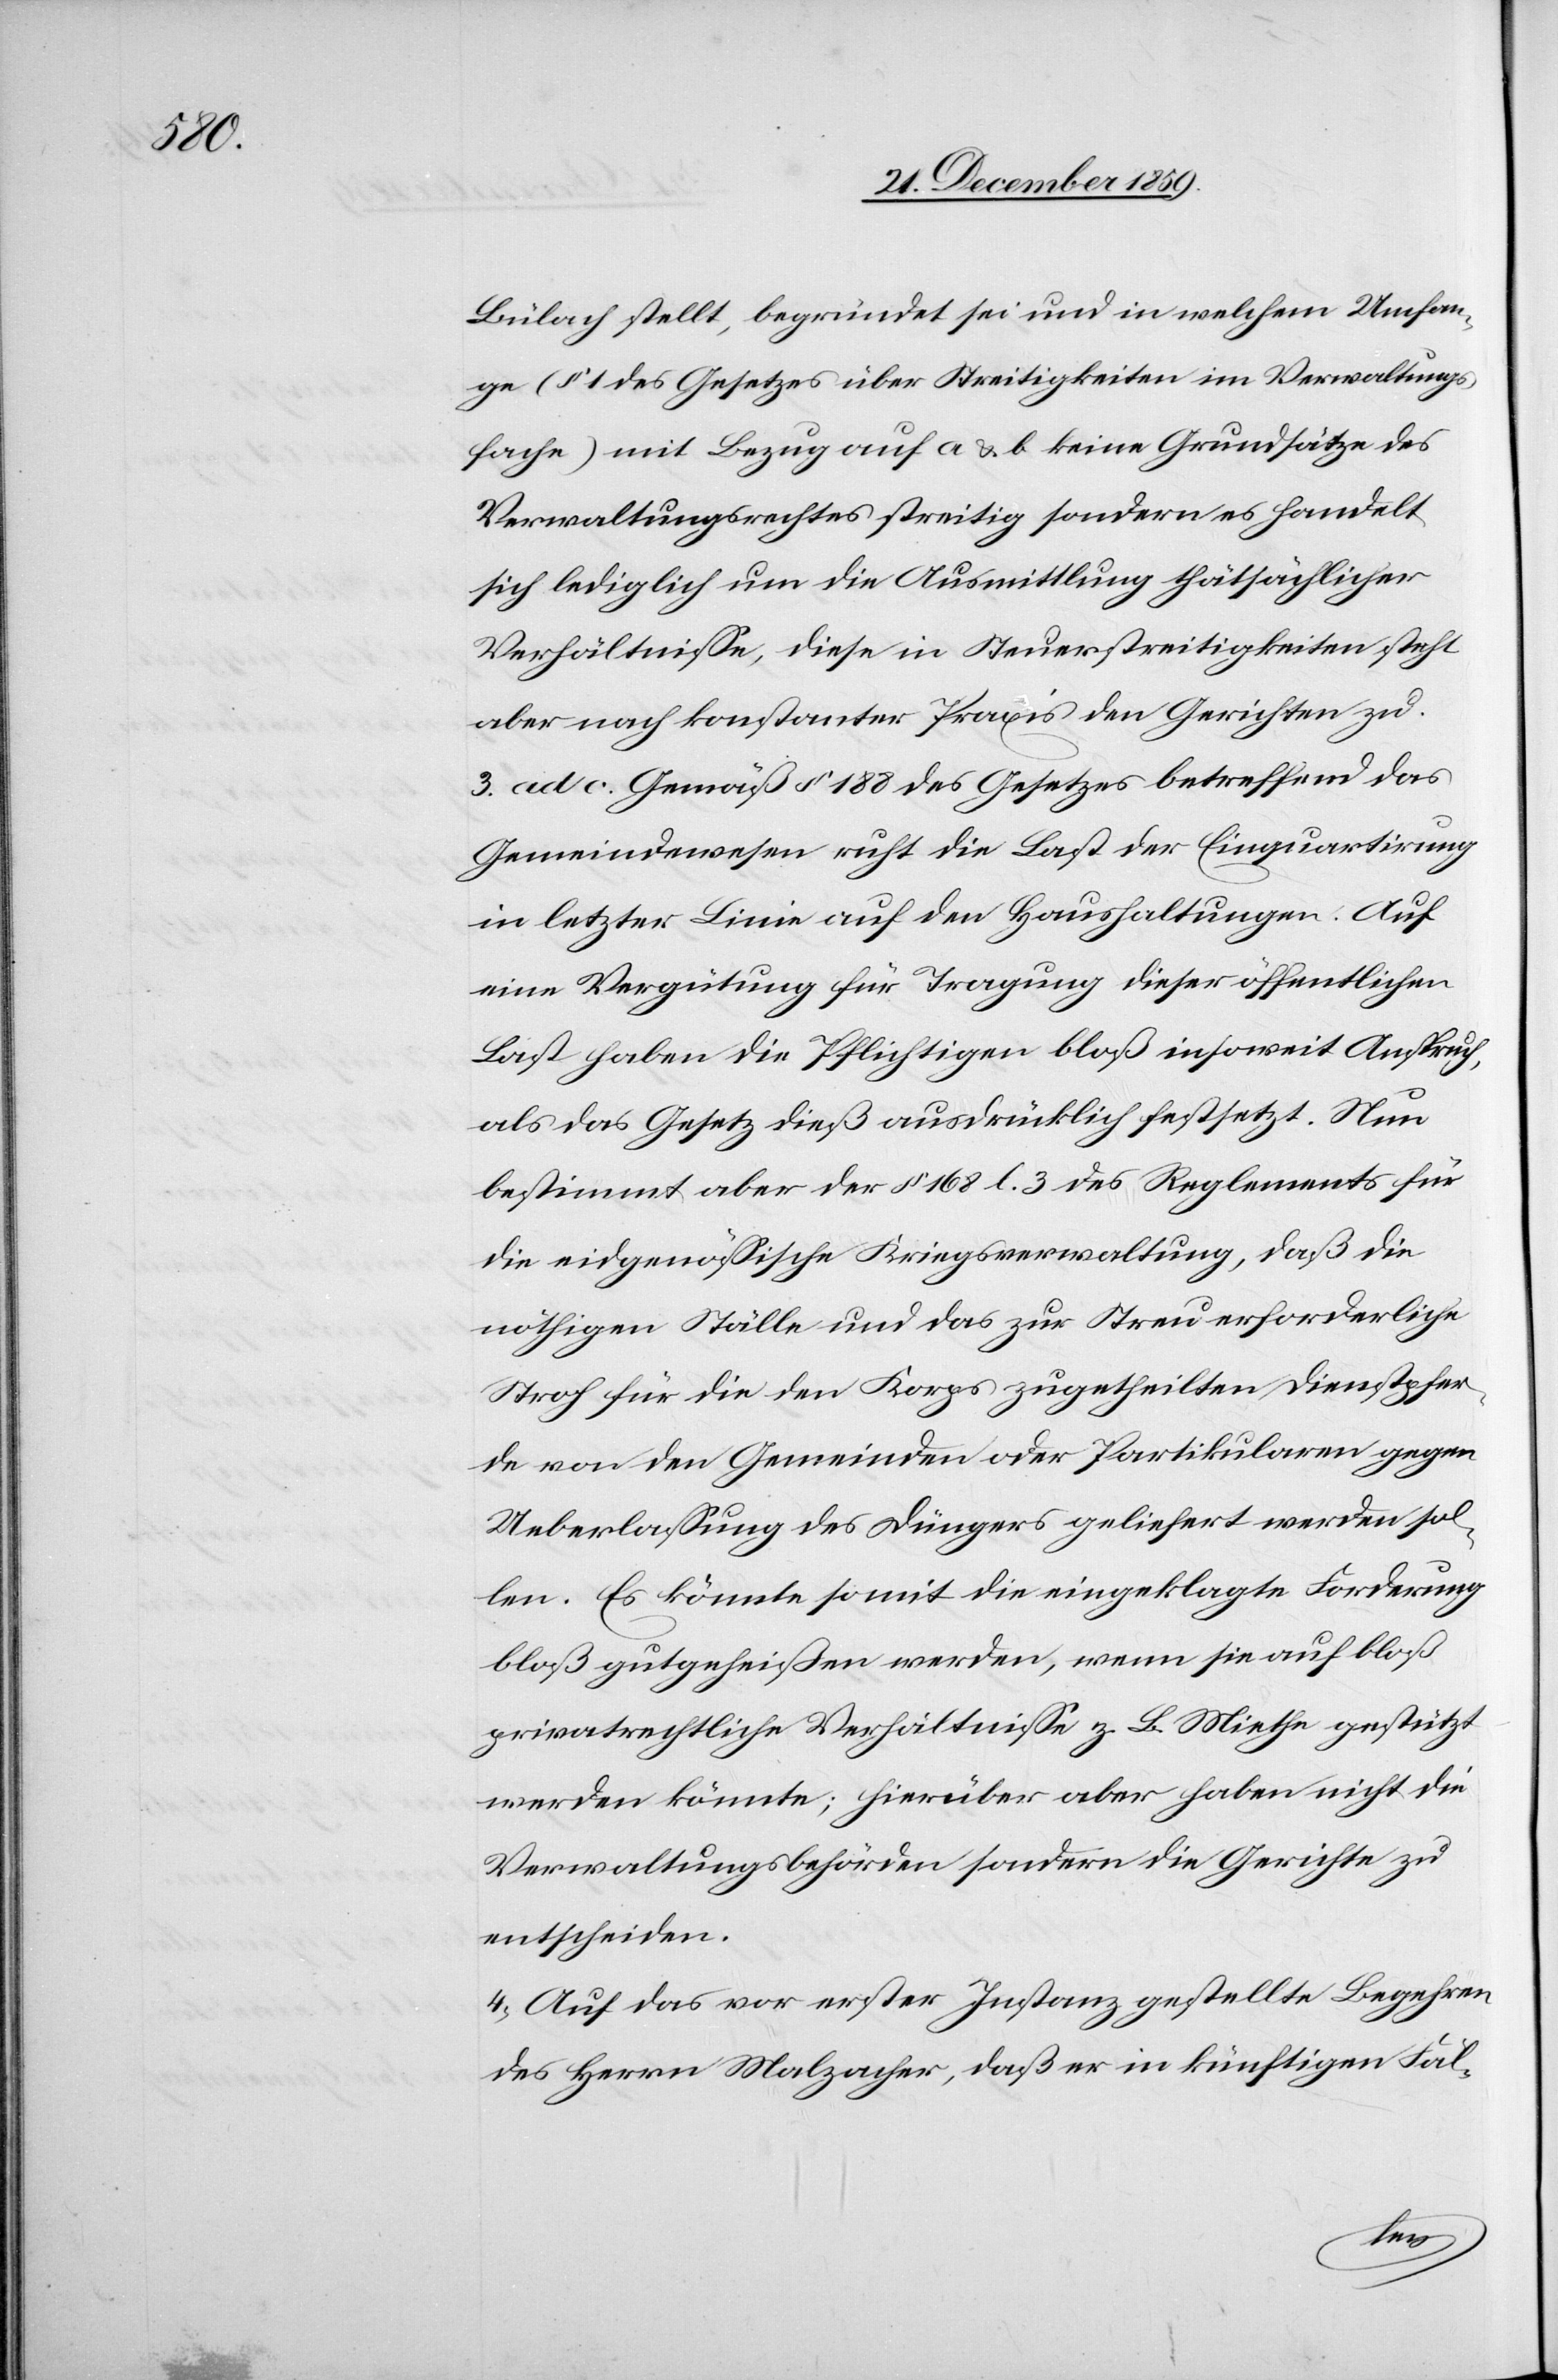
Bülach stellt, begründet sei und in welchem Umfan¬
ge (§ 1 des Gesetzes über die Streitigkeiten im Verwaltungs¬
fache) mit Bezug auf a & b keine Grundsätze des
Verwaltungsrechtes streitig sondern es handelt
sich lediglich um die Ausmittlung thätsächlicher
Verhältnisse, diese in Steuerstreitigkeiten steht
aber nach konstanter Praxis den Gerichten zu.
3.) ad c. Gemäß § 188 des Gesetzes betreffend das
Gemeindewesen ruht die Last der Einquartirung
in letzter Linie auf den Haushaltungen. Auf
eine Vergütung für Tragung dieser öffentlichen
Last haben die Pflichtigen bloß insoweit Anspruch,
als das Gesetz dieß ausdrücklich festsetzt. Nun
bestimmt aber der § 168 l. 3 des Reglements fü¬
r eidgenössische Kriegsverwaltung, daß die
nöthigen Ställe und das zur Streu erforderliche
Stroh für die den Korps zugetheilten Dienstpfer¬
de von den Gemeinden oder Partikularen gegen
Ueberlassung des Düngers geliefert werden sol¬
len. Es könnte somit die eingeklagte Forderung
bloß gutgeheißen werden, wenn sie auf bloß
privatrechtliche Verhältnisse z. B. Miethe gestützt
werden könnte; hierüber aber haben nicht die
Verwaltungsbehörden sondern die Gerichte zu
entscheiden.
4.) Auf das vor erster Instanz gestellte Begehren
des Herrn Malzacher, daß er in künftigen Fäl-